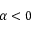
\alpha < 0